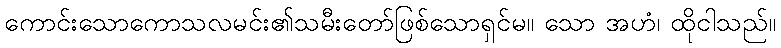
ကောင်းသောကောသလမင်း၏သမီးတော်ဖြစ်သောရှင်မ။ သော အဟံ၊ ထိုငါသည်။